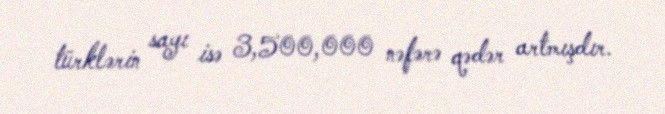
türklərin sayı isə 3,500,000 nəfərə qədər artmışdır.